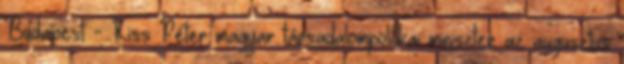
Budapest - Kiss Péter magyar társadalompolitikai miniszter az augusztus